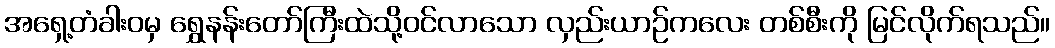
အရှေ့တံခါးဝမှ ရွှေနန်းတော်ကြီးထဲသို့ဝင်လာသော လှည်းယာဉ်ကလေး တစ်စီးကို မြင်လိုက်ရသည်။